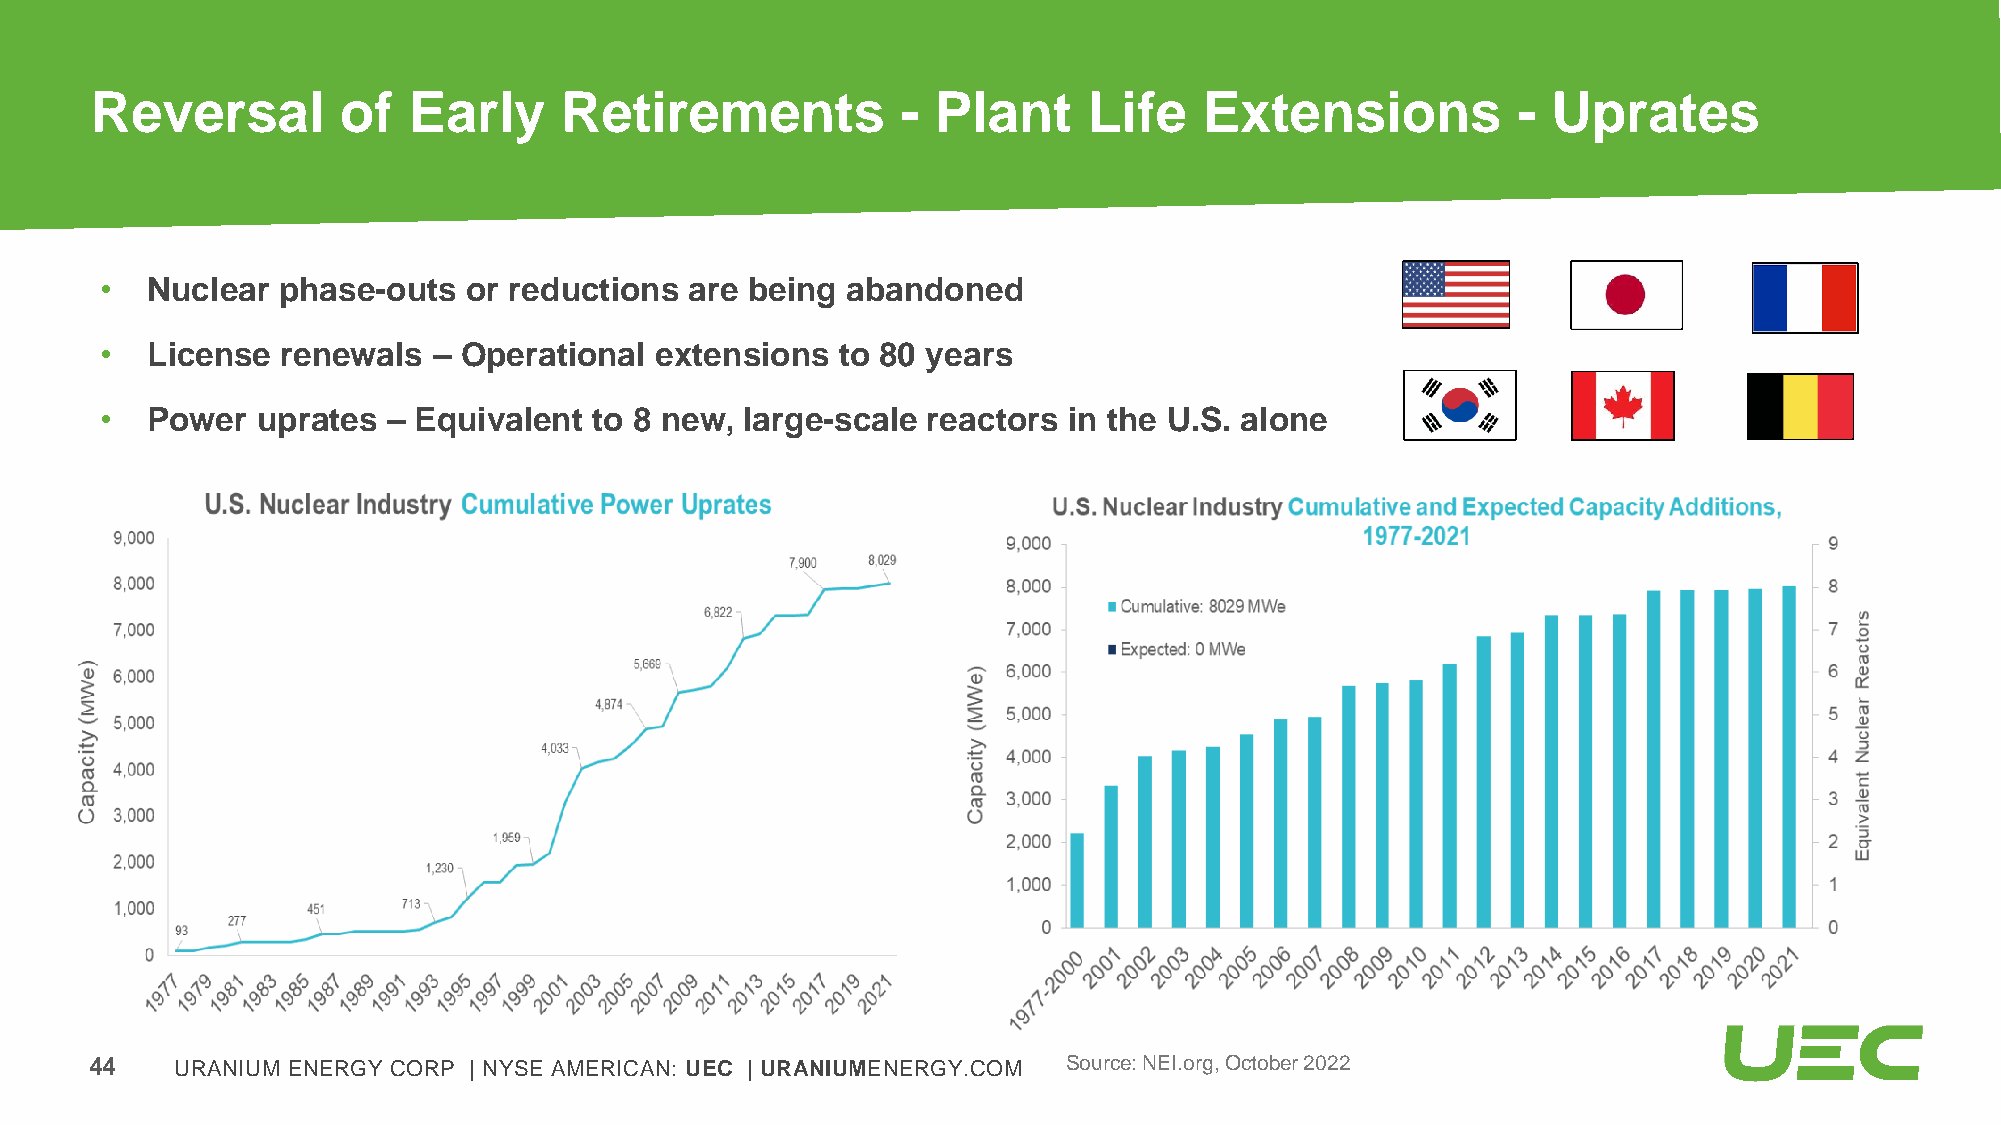
Reversal        of   Early     Retirements            - Plant     Life    Extensions          -  Uprates
 •  Nuclear phase-outs   or reductions  are being abandoned
 •  License  renewals  – Operational extensions   to 80 years
 •  Power  uprates  – Equivalent to 8 new, large-scale reactors  in the U.S. alone
 44    URANIUM ENERGY CORP | NYSE AMERICAN: UEC | URANIUMENERGY.COM Source: NEI.org, October 2022